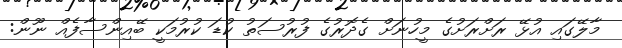
މާލޭގައި އުޅޭ ރަށްރަށުގެ މީހުނަށް ގެދޮރުގެ ފުުރުސަތު ކުޑަ ކުރުމަކީ ބޭއިންސާފެއް ނޫން: